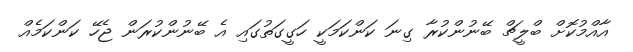
އާއްމުކޮށް ބްލީޗް ބޭނުންކުރާ ގިނަ ކަންކަމަކީ ހަގީގަތުގައި އެ ބޭނުންކުރަން ޖެހޭ ކަންކަމެއް